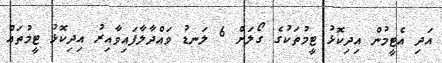
އަދި އެޓީމުން އިދިކޮޅު ޓީމުތަކުގެ ގޯލަށް 6 ލަނޑު ވައްދާލާފައިވާއިރު އިދިކޮޅު ޓީމުތައް